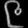
Digit: ၉